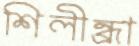
শিলীন্ধ্রা